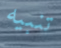
تنبيه